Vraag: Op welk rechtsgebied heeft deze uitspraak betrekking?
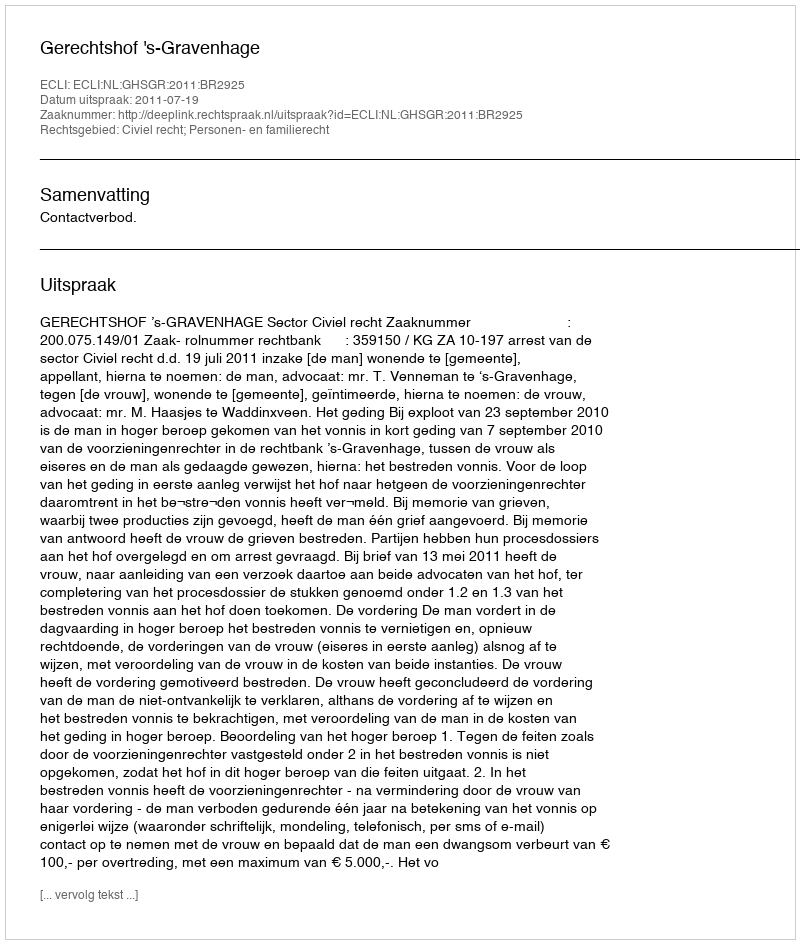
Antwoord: Civiel recht; Personen- en familierecht